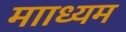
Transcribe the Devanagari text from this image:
मााध्यम